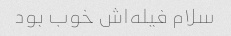
سلام فیله‌اش خوب بود